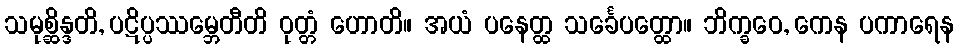
သမုစ္ဆိန္ဒတိ, ပဋိပ္ပဿမ္ဘေတီတိ ဝုတ္တံ ဟောတိ။ အယံ ပနေတ္ထ သင်္ခေပတ္ထော။ ဘိက္ခဝေ, ကေန ပကာရေန